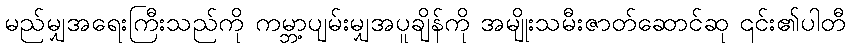
မည်မျှအရေးကြီးသည်ကို ကမ္ဘာ့ပျမ်းမျှအပူချိန်ကို အမျိုးသမီးဇာတ်ဆောင်ဆု ၎င်း၏ပါတီ